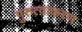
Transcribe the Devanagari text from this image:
गुरुत्वाकरण